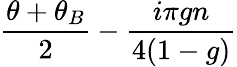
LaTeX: \frac{\theta+\theta_{B}}{2}-\frac{i\pi gn}{4(1-g)}